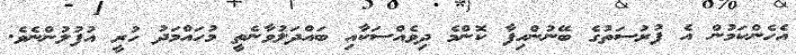
އެހެންކަމުން އެ ފުރުސަތުގެ ބޭނުންހިފާ ކޮންމެ ދިވެއްސަކާއި ބައްދަލުވާނެތީ މުހައްމަދު ހުރީ އުފުލުންނެވެ.